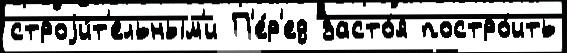
строjи́т'ельным'и П'е́р'ед засто́я постро́ить